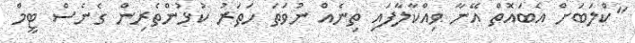
"ކްލަބަށް އެބައޮތް އޭނާ ވިއްކާލާފައި ތިނެއް ނުވަތަ ހަތަރު ކުޅުންތެރިން ގެނެސް ޓީމް